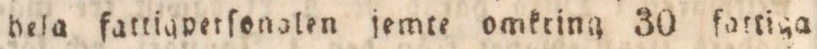
hela fattigpetſonalen jemte omkring 30 fartiga